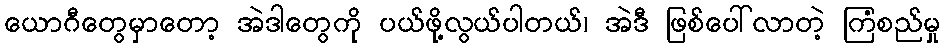
ယောဂီတွေမှာတော့ အဲဒါတွေကို ပယ်ဖို့လွယ်ပါတယ်၊ အဲဒီ ဖြစ်ပေါ်လာတဲ့ ကြံစည်မှု